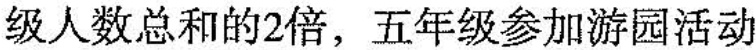
级人数总和的2倍，五年级参加游园活动